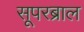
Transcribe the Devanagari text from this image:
सूपरब्राल